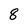
Character: 8